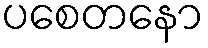
ပစေတနော